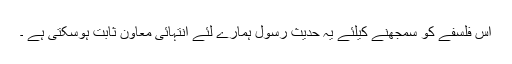
اس فلسفے کو سمجھنے کیلئے یہ حدیث رسول ؐہمارے لئے انتہائی معاون ثابت ہوسکتی ہے ۔